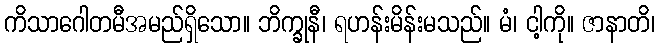
ကိသာဂေါတမီအမည်ရှိသော။ ဘိက္ခုနီ၊ ရဟန်းမိန်းမသည်။ မံ၊ ငါ့ကို။ ဇာနာတိ၊